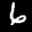
Label: 6